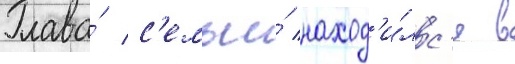
Глава́ с'емьи́ наход'и́лс'я в